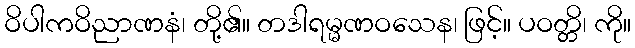
ဝိပါကဝိညာဏနံ၊ တို့၏။ တဒါရမ္မဏဝသေန၊ ဖြင့်။ ပဝတ္တိ၊ ကို။